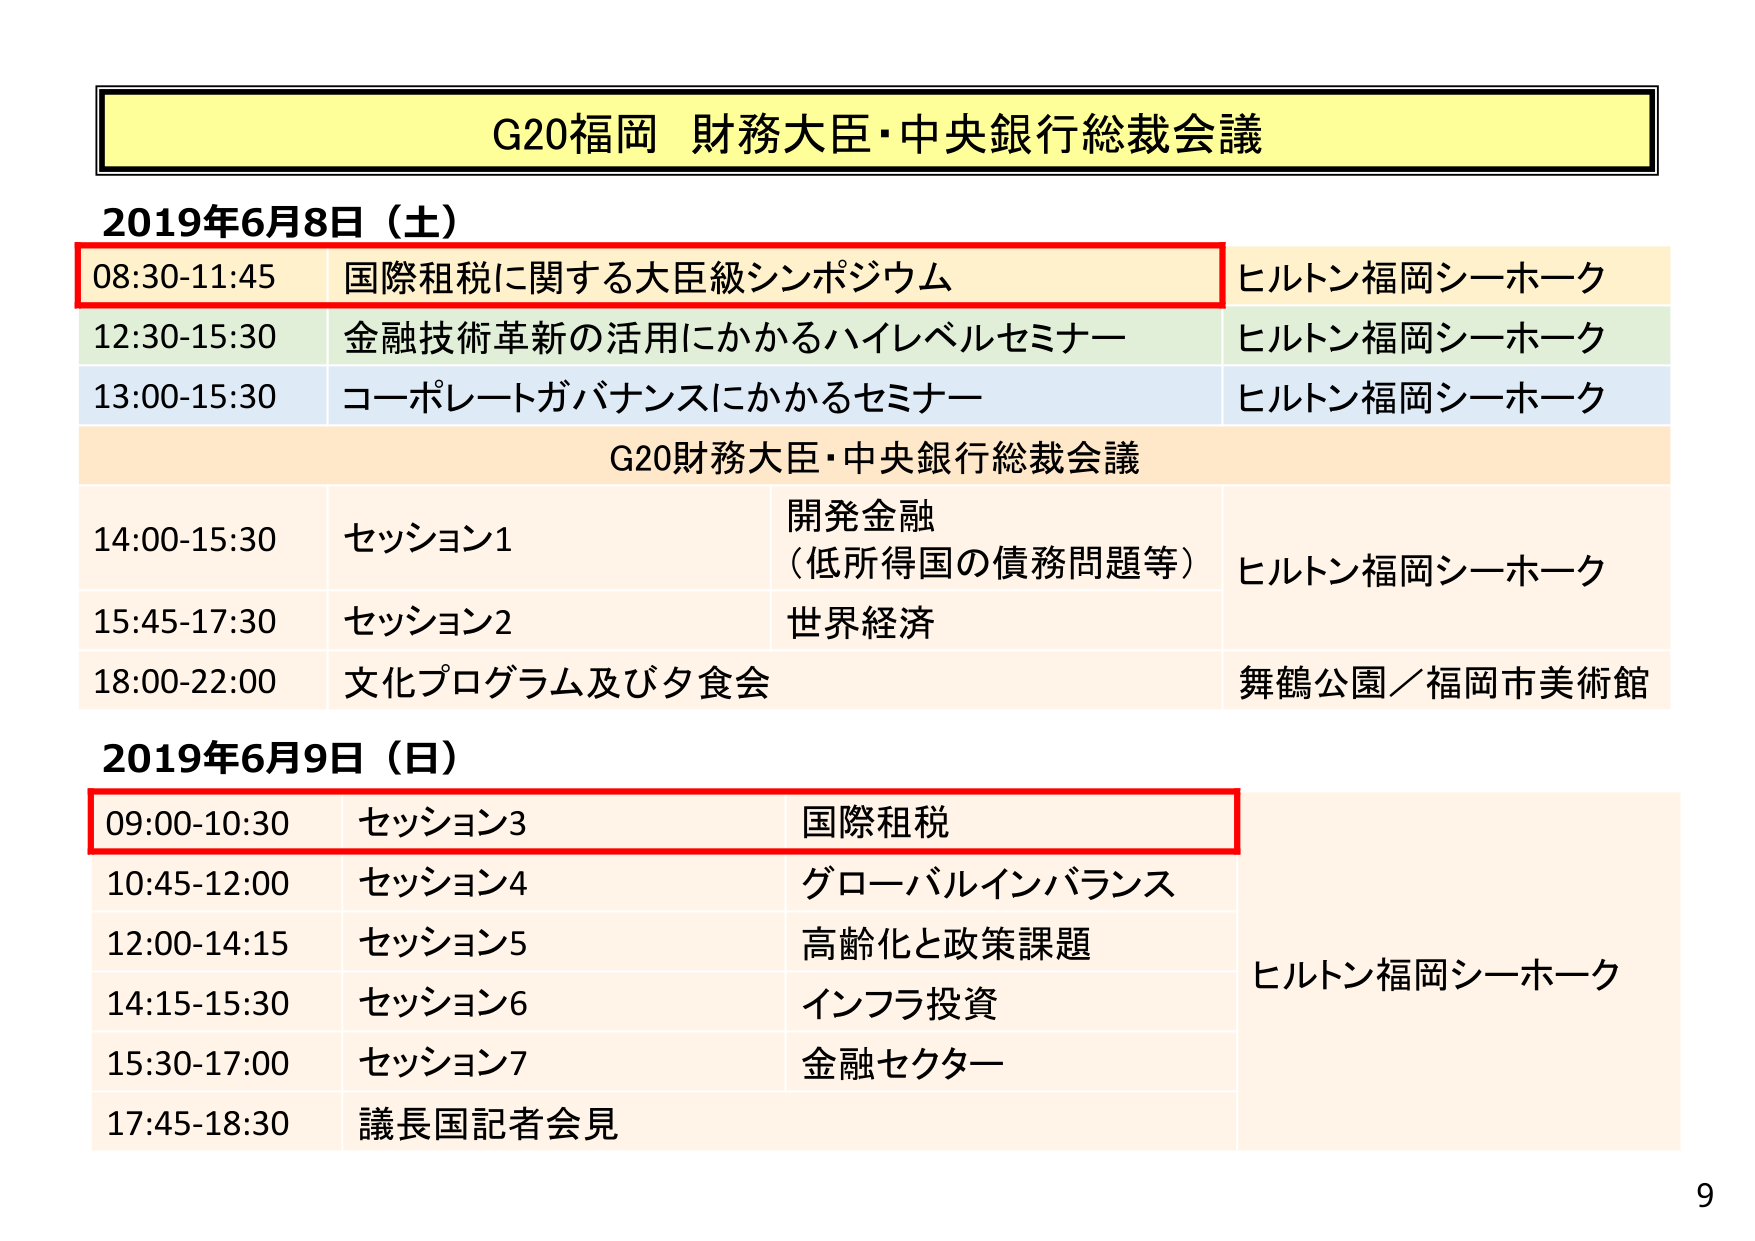
G20福岡 財務大臣・中央銀行総裁会議

2019年6月8日（土）
08:30-11:45 国際租税に関する大臣級シンポジウム ヒルトン福岡シーホーク
12:30-15:30 金融技術革新の活用にかかるハイレベルセミナー ヒルトン福岡シーホーク
13:00-15:30 コーポレートガバナンスにかかるセミナー ヒルトン福岡シーホーク
G20財務大臣・中央銀行総裁会議
14:00-15:30 セッション1 開発金融（低所得国の債務問題等） ヒルトン福岡シーホーク
15:45-17:30 セッション2 世界経済
18:00-22:00 文化プログラム及び夕食会 舞鶴公園／福岡市美術館

2019年6月9日（日）
09:00-10:30 セッション3 国際租税 ヒルトン福岡シーホーク
10:45-12:00 セッション4 グローバルインバランス
12:00-14:15 セッション5 高齢化と政策課題
14:15-15:30 セッション6 インフラ投資
15:30-17:00 セッション7 金融セクター
17:45-18:30 議長国記者会見

9